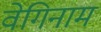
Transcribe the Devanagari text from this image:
वेगिनाम